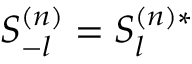
S _ { - l } ^ { ( n ) } = S _ { l } ^ { ( n ) * }